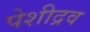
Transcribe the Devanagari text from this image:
पेशीद्रव